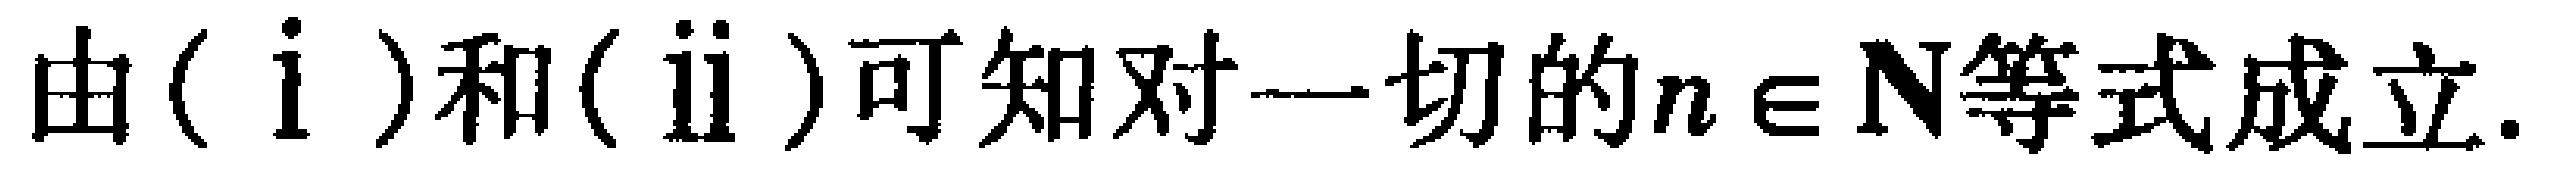
由$(\mathrm{i})$和$(\mathrm{ii})$可知对一切的$n \in \mathbf{N}$等式成立.